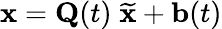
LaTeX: {\mathbf x}={\mathbf Q}(t)\; \widetilde{{\mathbf x}}+{\mathbf b}(t)